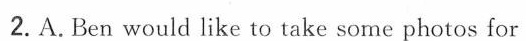
2.A.Ben would like to take some photos for